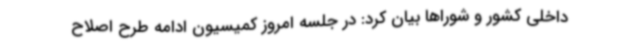
داخلی کشور و شوراها بیان کرد: در جلسه امروز کمیسیون ادامه طرح اصلاح